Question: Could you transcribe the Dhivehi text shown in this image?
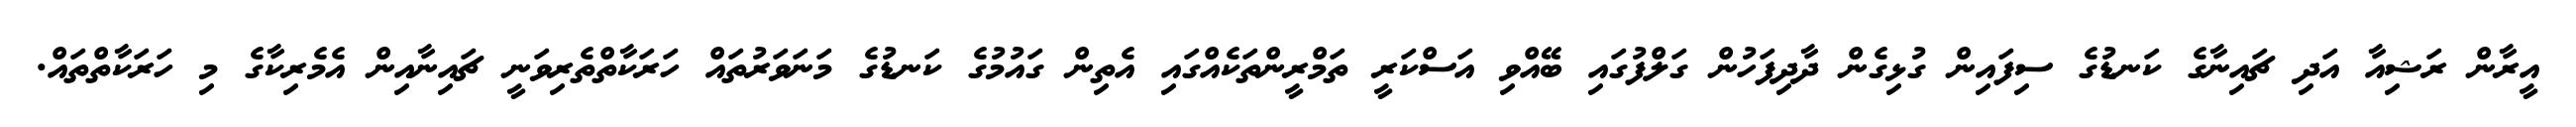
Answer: އީރާން ރަޝިއާ އަދި ޗައިނާގެ ކަނޑުގެ ސިފައިން ގުޅިގެން ދާދިފަހުން ގަލްފުގައި ބޭއްވި އަސްކަރީ ތަމްރީންތަކެއްގައި އެތިން ގައުމުގެ ކަނޑުގެ މަނަވަރުތައް ހަރަކާތްތެރިވަނީ ޗައިނާއިން އެމެރިކާގެ މި ހަރަކާތްތައް.